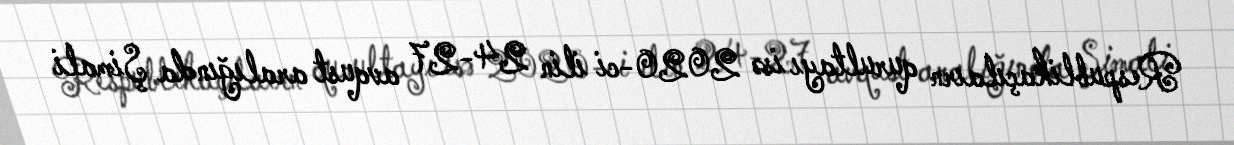
Respublikaçılaırn qurultayı isə 2020-ci ilin 24-27 avqust aralığında Şimali